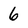
Character: 6